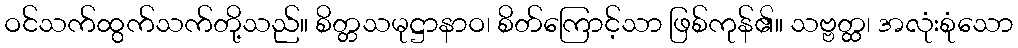
ဝင်သက်ထွက်သက်တို့သည်။ စိတ္တသမုဋ္ဌာနာဝ၊ စိတ်ကြောင့်သာ ဖြစ်ကုန်၏။ သဗ္ဗတ္ထ၊ အလုံးစုံသော